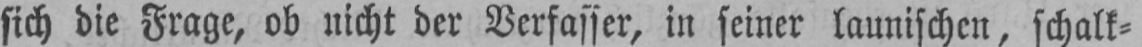
sich die Frage, ob nicht der Verfasser, in seiner launischen, schalk⸗